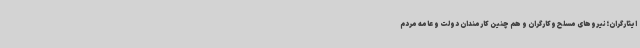
ایثارگران؛نیروهای مسلح وکارگران و هم چنین کارمندان دولت و عامه مردم